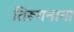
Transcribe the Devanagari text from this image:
तिरूगनाना